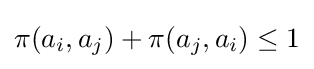
\pi (a_{i},a_{j})+\pi (a_{j},a_{i})\leq 1